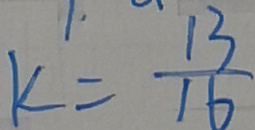
k = \frac { 1 3 } { 1 6 }